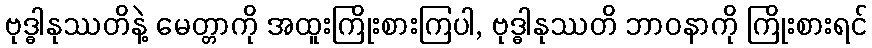
ဗုဒ္ဓါနုဿတိနဲ့ မေတ္တာကို အထူးကြိုးစားကြပါ, ဗုဒ္ဓါနုဿတိ ဘာဝနာကို ကြိုးစားရင်